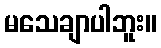
မသေချာပါဘူး။